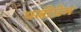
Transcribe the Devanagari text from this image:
पत्नीप्रेम